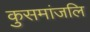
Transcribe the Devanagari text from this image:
कुसमांजलि